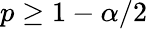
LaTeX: p\geq 1-\alpha/2